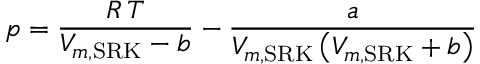
p = { \frac { R \, T } { V _ { m , { \mathrm { S R K } } } - b } } - { \frac { a } { V _ { m , { \mathrm { S R K } } } \left( V _ { m , { \mathrm { S R K } } } + b \right) } }